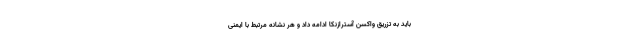
باید به تزریق واکسن آسترازنکا ادامه داد و هر نشانه مرتبط با ایمنی